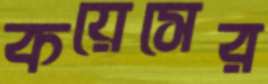
কয়েসের